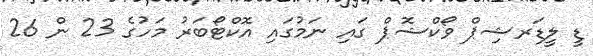
ޑީ ލީޑަރޝިޕް ވޯކްޝޮޕް ގައި ނަމުގައި އޮކްޓޯބަރު މަހުގެ 23 ން 26